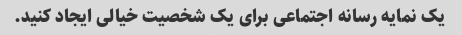
یک نمایه رسانه اجتماعی برای یک شخصیت خیالی ایجاد کنید.